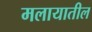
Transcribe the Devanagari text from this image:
मलायातील